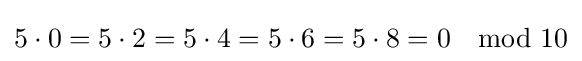
5\cdot 0=5\cdot 2=5\cdot 4=5\cdot 6=5\cdot 8=0\mod 10